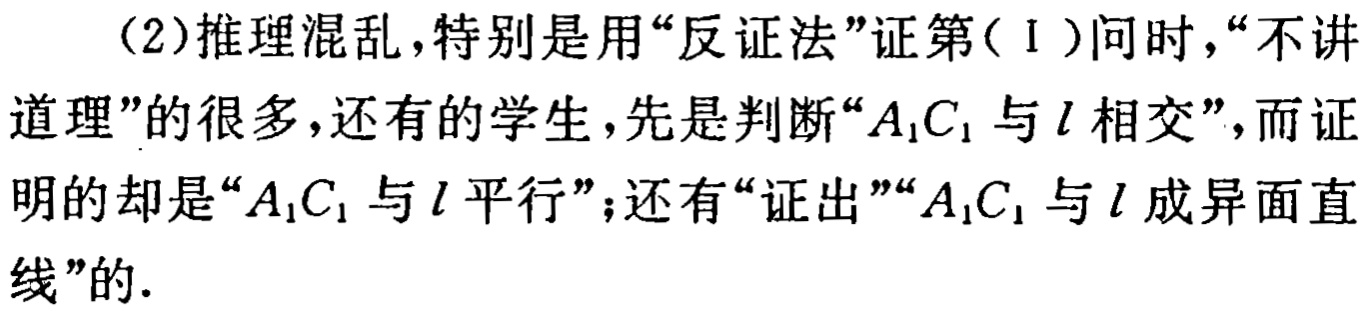
（2）推理混乱，特别是用“反证法”证第（Ⅰ）问时，“不讲道理”的很多，还有的学生，先是判断“\(A_{1}C_{1}\)与\(l\)相交”，而证明的却是“\(A_{1}C_{1}\)与\(l\)平行”；还有“证出”“\(A_{1}C_{1}\)与\(l\)成异面直线”的.